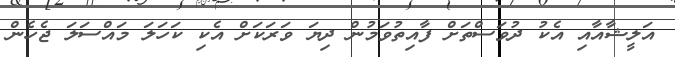
އަލީޝާއާއި އެކު ދުވަސްތަށް ފާއިތުވަމުން ދިޔަ ވަރަކަށް އެކި ކަހަލަ މައްސަލަ ޖެހެން